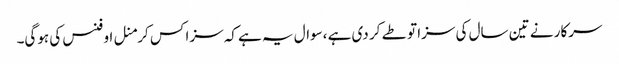
سرکار نے تین سال کی سزا تو طے کر دی ہے ،سوال یہ ہے کہ سزا کس کرمنل اوفنس کی ہوگی۔